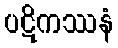
ပဋိကဿနံ